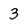
Character: 3